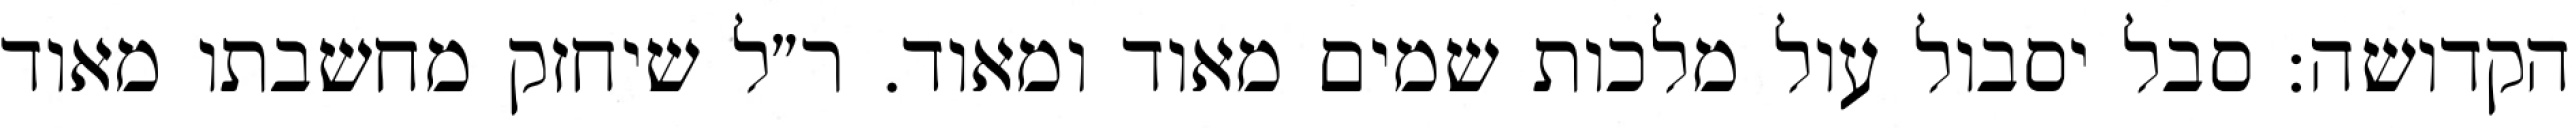
הקדושה: סבל יסבול עול מלכות שמים מאוד ומאוד. ר״ל שיחזק מחשבתו מאוד